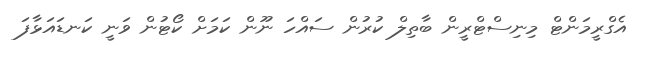
އެގްރީމަންޓް މިނިސްޓްރީން ބާތިލް ކުރުން ސައްހަ ނޫން ކަމަށް ކޯޓުން ވަނީ ކަނޑައަޅާފަ